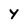
Character: y